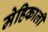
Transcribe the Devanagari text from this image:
मेहिकाली